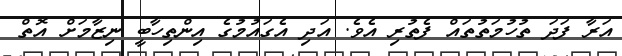
އަރާ ފަދަ ތުހުމަތުތައް ފެތުރި އެވެ. އަދި އެގައުމުގެ އިންތިހާބީ ނިޒާމަށް އޮތް